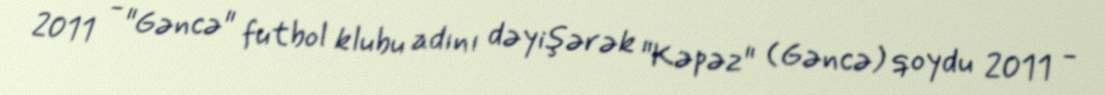
2011 - "Gəncə" futbol klubu adını dəyişərək "Kəpəz" (Gəncə) qoydu 2011 -